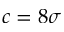
c = 8 \sigma